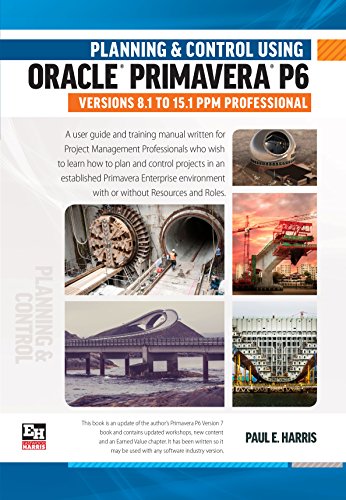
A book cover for Planning and Control Using Oracle Primavera P6 Versions 8.1 to 15.1 PPM Professional; Paul E Harris; Computers & Technology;